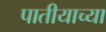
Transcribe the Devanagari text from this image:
पातीयाच्या